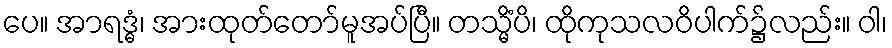
ပေ။ အာရဒ္ဓံ၊ အားထုတ်တော်မူအပ်ပြီ။ တသ္မိံပိ၊ ထိုကုသလဝိပါက်၌လည်း။ ဝါ၊